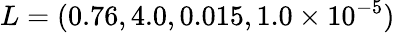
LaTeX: L=(0.76,4.0,0.015,1.0\times 10^{-5})